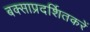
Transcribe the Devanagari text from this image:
बक्साप्रदर्शितकरें